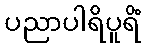
ပညာပါရိပူရိံ